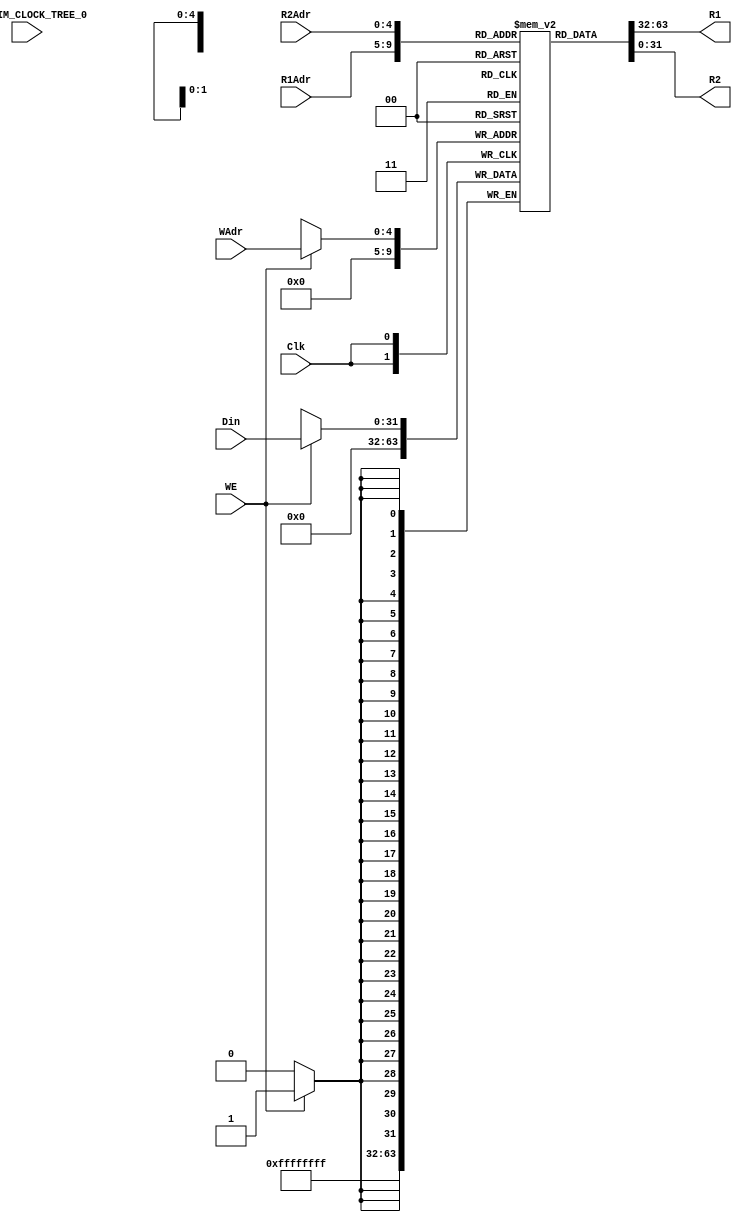
/******************************************************************************
 ** Logisim goes FPGA automatic generated Verilog code                       **
 **                                                                          **
 ** Component : regifile                                                     **
 **                                                                          **
 ******************************************************************************/

`timescale 1ns/1ps
module regifile( Clk,
                 Din,
                 LOGISIM_CLOCK_TREE_0,
                 R1Adr,
                 R2Adr,
                 WAdr,
                 WE,
                 R1,
                 R2);

   /***************************************************************************
    ** Here the inputs are defined                                           **
    ***************************************************************************/
   input  Clk;
   input[31:0]  Din;
   input[4:0]  LOGISIM_CLOCK_TREE_0;
   input[4:0]  R1Adr;
   input[4:0]  R2Adr;
   input[4:0]  WAdr;
   input  WE;

   /***************************************************************************
    ** Here the outputs are defined                                          **
    ***************************************************************************/
   output[31:0] R1;
   output[31:0] R2;
    reg [31:0]register[31:0];
    assign R1=register[R1Adr];
    assign R2=register[R2Adr];
    always@(negedge Clk)
    begin
        if(WE==1)
            register[WAdr]<=Din;
        register[0]<=0;
    end


endmodule